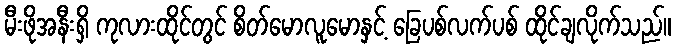
မီးဖိုအနီးရှိ ကုလားထိုင်တွင် စိတ်မောလူမောနှင့် ခြေပစ်လက်ပစ် ထိုင်ချလိုက်သည်။